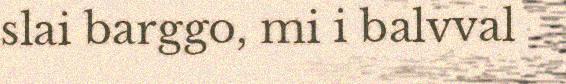
slai barggo, mi i balvval